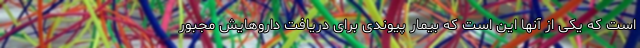
است که یکی از آنها این است که بیمار پیوندی برای دریافت داروهایش مجبور